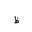
Letter: _za